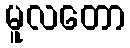
မူလတော